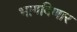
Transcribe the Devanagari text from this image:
भागविणार